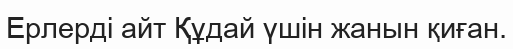
Ерлерді айт Құдай үшін жанын қиған.